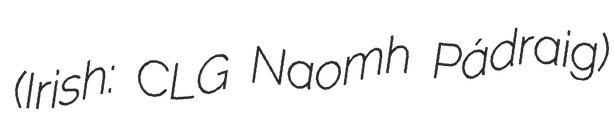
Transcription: (Irish: CLG Naomh Pádraig)